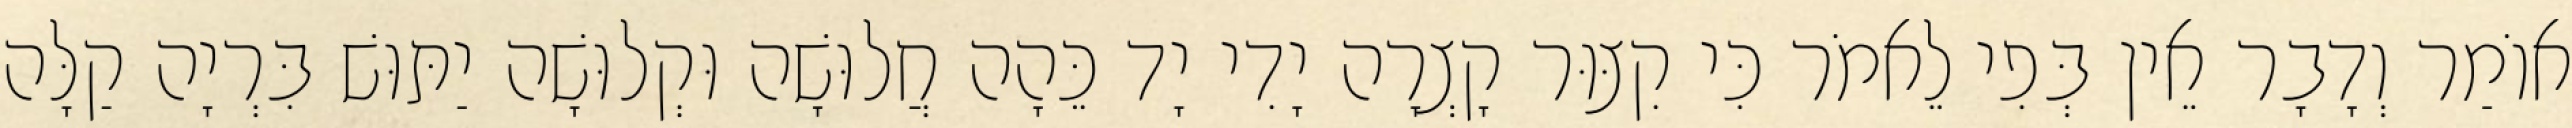
אוֹמַר וְדָבָר אֵין בְּפִי לֵאמֹר כִּי קִצּוּר קָצְרָה יָדִי יָד כֵּהָה חֲלוּשָׁה וּקְלוּשָׁה יַתּוּשׁ בִּרְיָה קַלָּה